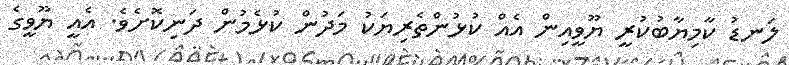
ލަނޑު ކާމިޔާބުކުރީ ޔޫވީއިން އެއް ކުޅުންތެރިޔަކު މަދުން ކުޅެމުން ދަނިކޮށެވެ. އެއީ ޔޫވީގެ